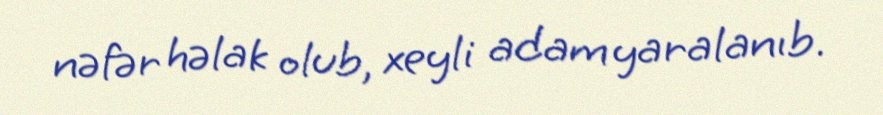
nəfər həlak olub, xeyli adam yaralanıb.